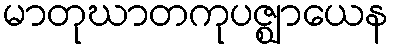
မာတုဃာတကုပဇ္ဈာယေန